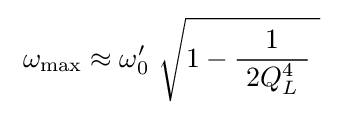
\ \omega _{\mathrm {max} }\approx \omega '_{0}\ {\sqrt {1-{\frac {1}{\ 2Q_{L}^{4}\ }}~}}\